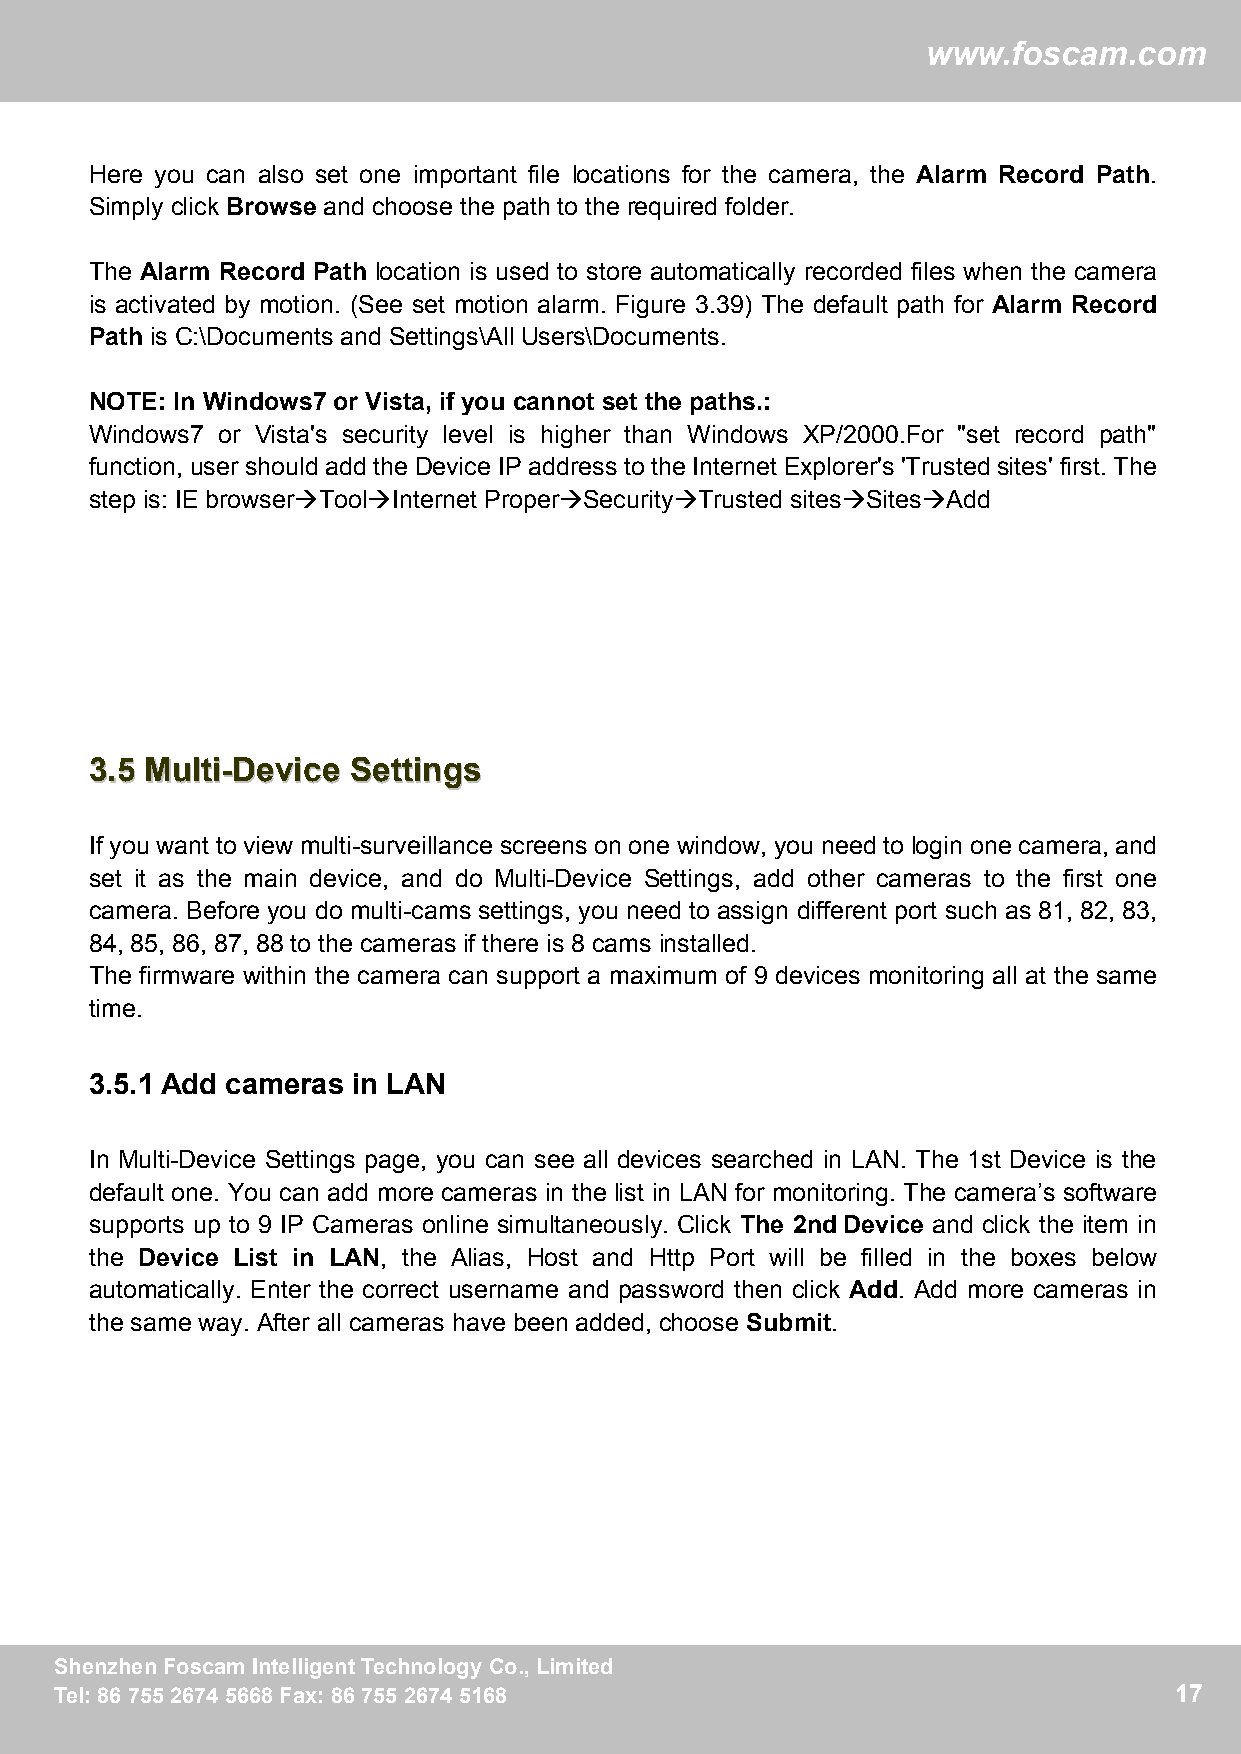
ww
 wwwwww..ffoossccaamm..ccoomm
 Here you can also set one important file locations for the camera, the Alarm Record Path.
 Simply click Browse and choose the path to the required folder.
 The Alarm Record Path location is used to store automatically recorded files when the camera
 is activated by motion. (See set motion alarm. Figure 3.39) The default path for Alarm Record
 Path is C:\Documents and Settings\All Users\Documents.
 NOTE: In Windows7 or Vista, if you cannot set the paths.:
 Windows7 or Vista's security level is higher than Windows XP/2000.For "set record path"
 function, user should add the Device IP address to the Internet Explorer's 'Trusted sites' first. The
 step is: IE browserToolInternet ProperSecurityTrusted sitesSitesAdd
 33..55 MMuullttii--DDeevviiccee SSeettttiinnggss
 If you want to view multi-surveillance screens on one window, you need to login one camera, and
 set it as the main device, and do Multi-Device Settings, add other cameras to the first one
 camera. Before you do multi-cams settings, you need to assign different port such as 81, 82, 83,
 84, 85, 86, 87, 88 to the cameras if there is 8 cams installed.
 The firmware within the camera can support a maximum of 9 devices monitoring all at the same
 time.
 3.5.1 Add cameras in LAN
 In Multi-Device Settings page, you can see all devices searched in LAN. The 1st Device is the
 default one. You can add more cameras in the list in LAN for monitoring. The camera’s software
 supports up to 9 IP Cameras online simultaneously. Click The 2ndDevice and click the item in
 the Device List in LAN, the Alias, Host and Http Port will be filled in the boxes below
 automatically. Enter the correct username and password then click Add. Add more cameras in
 the same way. After all cameras have been added, choose Submit.
 SShheennzzhheennFFoossccaammIInntteelllliiggeennttTTeecchhnnoollooggyyCCoo..,,LLiimmiitteedd 17
 TTeell::88667755552266774455666688FFaaxx::88667755552266774455116688      17